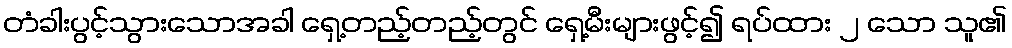
တံခါးပွင့်သွားသောအခါ ရှေ့တည့်တည့်တွင် ရှေ့မီးများဖွင့်၍ ရပ်ထား ၂ သော သူ၏